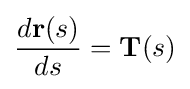
{\frac {d\mathbf {r} (s)}{ds}}=\mathbf {T} (s)